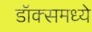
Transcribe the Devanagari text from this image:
डॉक्समध्ये